Report of the King Institute of Preventive Medicine, Guindy
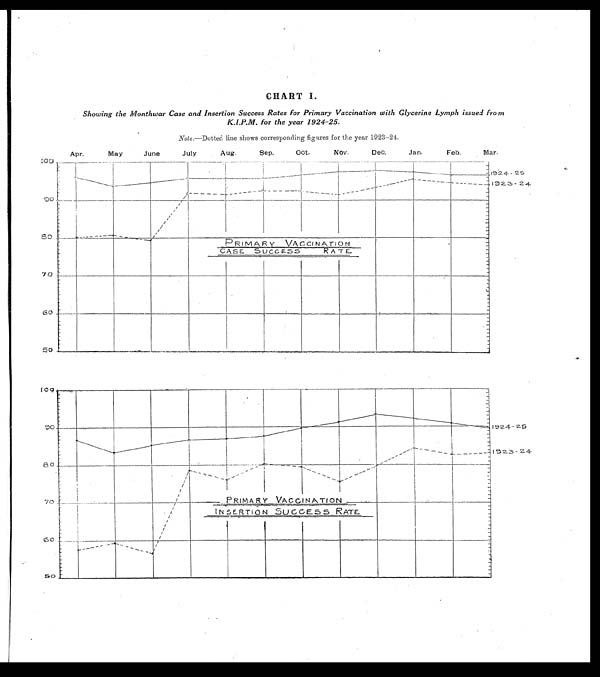
CHART I.
Showing the Monthwar Case and Insertion Success Rates for Primary Vaccination with Glycerine Lymph issued fro m
K.I.P.M. for the year 1924-25.
Note. Dotted line shows corresponding figures for the year 1923-24.